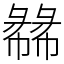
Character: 㣈